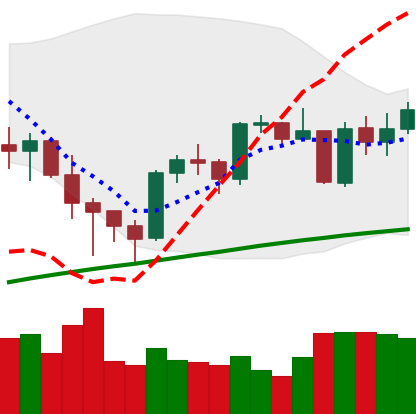
Ticker: BTC-USD
Chart end date: 2021-05-08
Forward return: -15.454%
Label: down_7plus